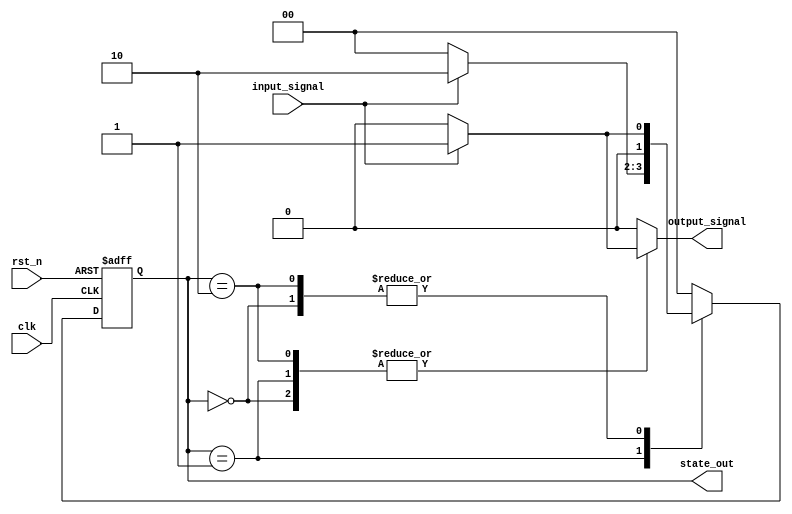
module multi_bit_mealy_sm (
    input wire clk,             // Clock input
    input wire rst_n,          // Asynchronous active-low reset
    input wire input_signal,    // Input signal for state transitions
    output reg [1:0] state_out, // Current state output (2 bits for 3 states)
    output reg output_signal    // Output signal based on state and input
);

    // State encoding
    localparam S0 = 2'b00; // State 0
    localparam S1 = 2'b01; // State 1
    localparam S2 = 2'b10; // State 2

    // State register
    reg [1:0] current_state, next_state;

    // State transition logic
    always @(*) begin
        case (current_state)
            S0: begin
                if (input_signal) begin
                    next_state = S1;
                    output_signal = 1'b1; // Output for S0 with input_signal=1
                end else begin
                    next_state = S0;
                    output_signal = 1'b0; // Output for S0 with input_signal=0
                end
            end

            S1: begin
                if (input_signal) begin
                    next_state = S2;
                    output_signal = 1'b1; // Output for S1 with input_signal=1
                end else begin
                    next_state = S0;
                    output_signal = 1'b0; // Output for S1 with input_signal=0
                end
            end
            
            S2: begin
                if (input_signal) begin
                    next_state = S1;
                    output_signal = 1'b1; // Output for S2 with input_signal=1
                end else begin
                    next_state = S0;
                    output_signal = 1'b0; // Output for S2 with input_signal=0
                end
            end
            
            default: begin
                next_state = S0; // Default to S0
                output_signal = 1'b0;
            end
        endcase
    end

    // State register updating on clock edge
    always @(posedge clk or negedge rst_n) begin
        if (!rst_n)
            current_state <= S0; // Reset to state S0
        else
            current_state <= next_state; // Update to next state
    end

    // Assign the current state as output
    always @(current_state) begin
        state_out = current_state; // Output the current state
    end

endmodule